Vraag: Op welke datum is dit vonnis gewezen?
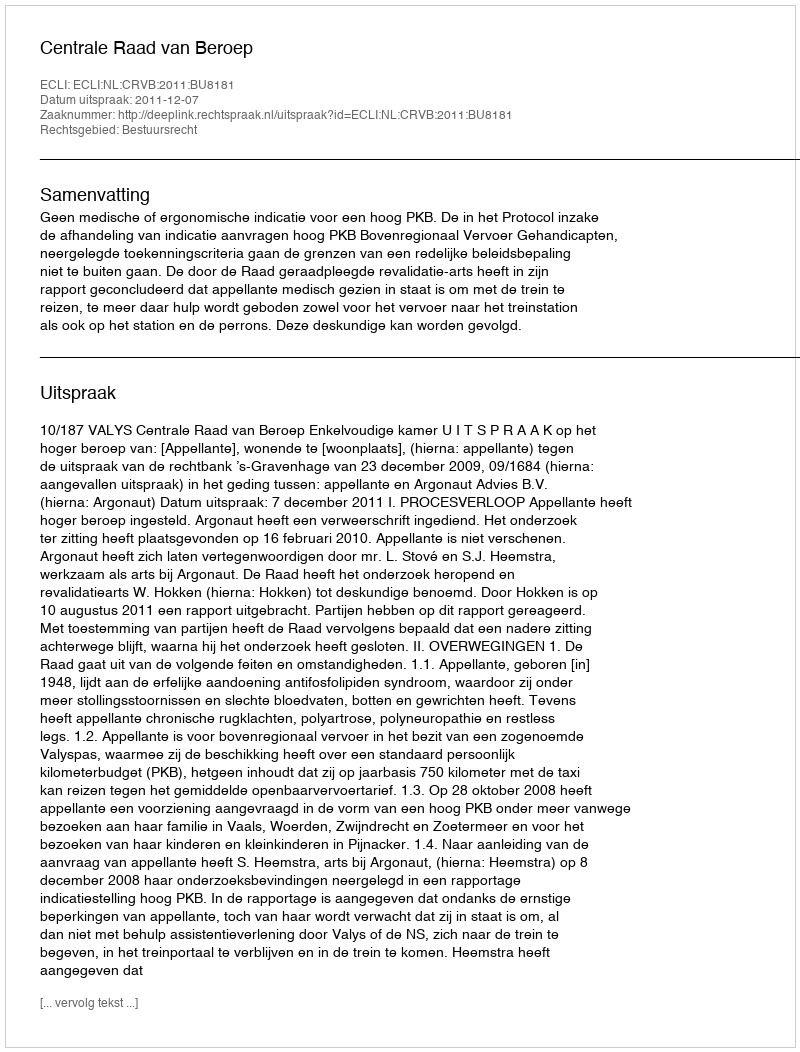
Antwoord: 2011-12-07